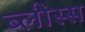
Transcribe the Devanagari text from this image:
ब्लीस्स